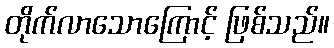
တိုက်လာသောကြောင့် ဖြစ်သည်။